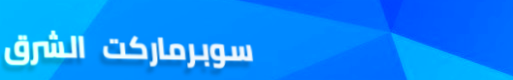
سوبرماركت الشرق